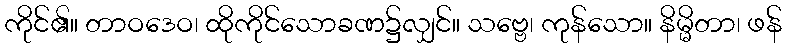
ကိုင်၏။ တာဝဒေဝ၊ ထိုကိုင်သောခဏ၌လျှင်။ သဗ္ဗေ၊ ကုန်သော။ နိမ္မိတာ၊ ဖန်